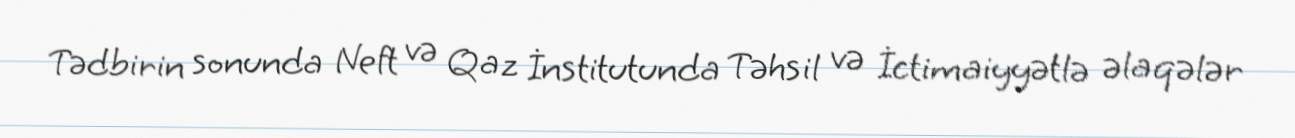
Tədbirin sonunda Neft və Qaz İnstitutunda Təhsil və İctimaiyyətlə əlaqələr